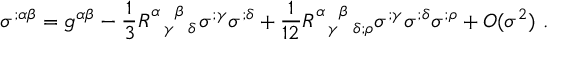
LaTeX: \sigma ^ { ; \alpha \beta } = g ^ { \alpha \beta } - \frac { 1 } { 3 } R _ { ~ ~ \gamma ~ ~ \delta } ^ { \alpha ~ ~ \beta ~ ~ } \sigma ^ { ; \gamma } \sigma ^ { ; \delta } + \frac { 1 } { 1 2 } R _ { ~ ~ \gamma ~ ~ \delta ; \rho } ^ { \alpha ~ ~ \beta ~ ~ } \sigma ^ { ; \gamma } \sigma ^ { ; \delta } \sigma ^ { ; \rho } + O ( \sigma ^ { 2 } ) ~ .